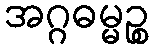
အဂ္ဂဓမ္မဉ္စ